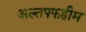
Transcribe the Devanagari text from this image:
अल्तफ्फहीम